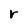
Character: r